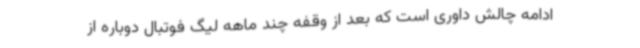
ادامه چالش داوری است که بعد از وقفه چند ماهه لیگ فوتبال دوباره از